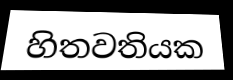
හිතවතියක